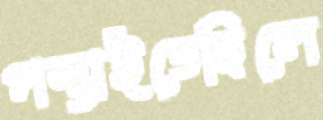
পস্তাইতেছিলে